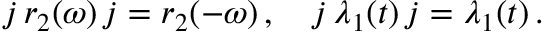
j \, r _ { 2 } ( \omega ) \, j = r _ { 2 } ( - \omega ) \, , \quad j \, \lambda _ { 1 } ( t ) \, j = \lambda _ { 1 } ( t ) \, .